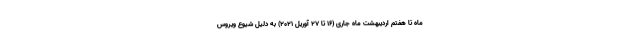
ماه تا هفتم اردیبهشت ماه جاری (16 تا 27 آوریل 2021) به دلیل شیوع ویروس